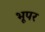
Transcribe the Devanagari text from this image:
भूपर